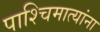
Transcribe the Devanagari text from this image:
पाश्चिमात्यांना